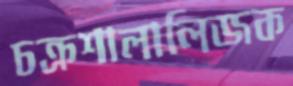
চক্রশালালিজক